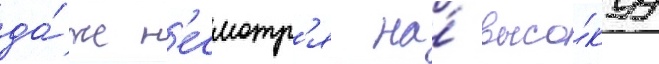
да́же н'есмотр'я на́ высо́куу